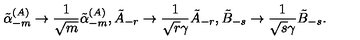
\tilde { \alpha } _ { - m } ^ { ( A ) } \rightarrow \frac { 1 } { \sqrt { m } } \tilde { \alpha } _ { - m } ^ { ( A ) } , \tilde { A } _ { - r } \rightarrow \frac { 1 } { \sqrt { r } \gamma } \tilde { A } _ { - r } , \tilde { B } _ { - s } \rightarrow \frac { 1 } { \sqrt { s } \gamma } \tilde { B } _ { - s } .